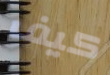
كيف